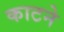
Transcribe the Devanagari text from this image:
काटनेे